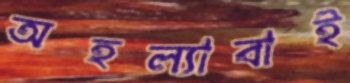
অহল্যাবাই